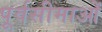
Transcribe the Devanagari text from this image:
पूर्वसीमाओं